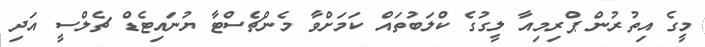
މީގެ އިތުރުން ޕްރިމިއާ ލީގުގެ ކްލަބުތައް ކަމަށްވާ މެންޗެސްޓާ ޔުނައިޓެޑް ޗެލްސީ އަދި